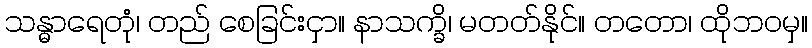
သန္ဓာရေတုံ၊ တည် စေခြင်းငှာ။ နာသက္ခိ၊ မတတ်နိုင်။ တတော၊ ထိုဘဝမှ။